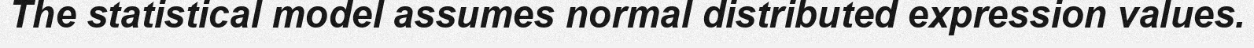
The statistical model assumes normal distributed expression values.